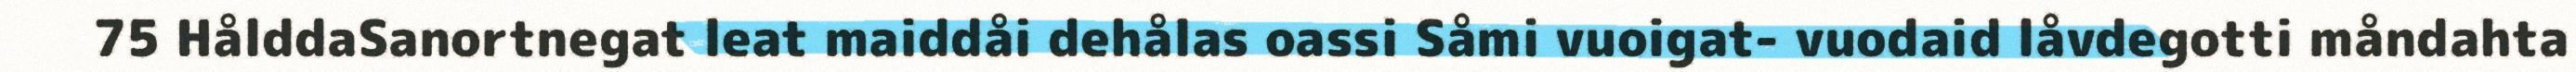
75 HålddaSanortnegat leat maiddåi dehålas oassi Såmi vuoigat- vuodaid låvdegotti måndahta